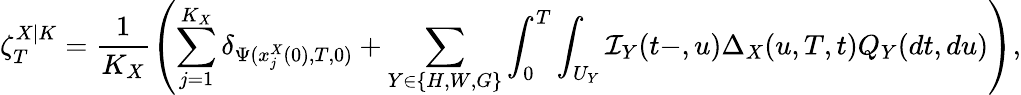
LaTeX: \zeta_{T}^{X|K}=\frac{1}{K_{X}}\left(\sum_{j=1}^{K_{X}}\delta_{\Psi(x_{j}^{X}(0),T,0)}+\sum_{Y\in\{ H,W,G\} }\int_{0}^{T}\int_{U_{Y}}\mathcal{I}_{Y}(t-,u)\Delta_{X}(u,T,t)Q_{Y}(dt,du)\right),